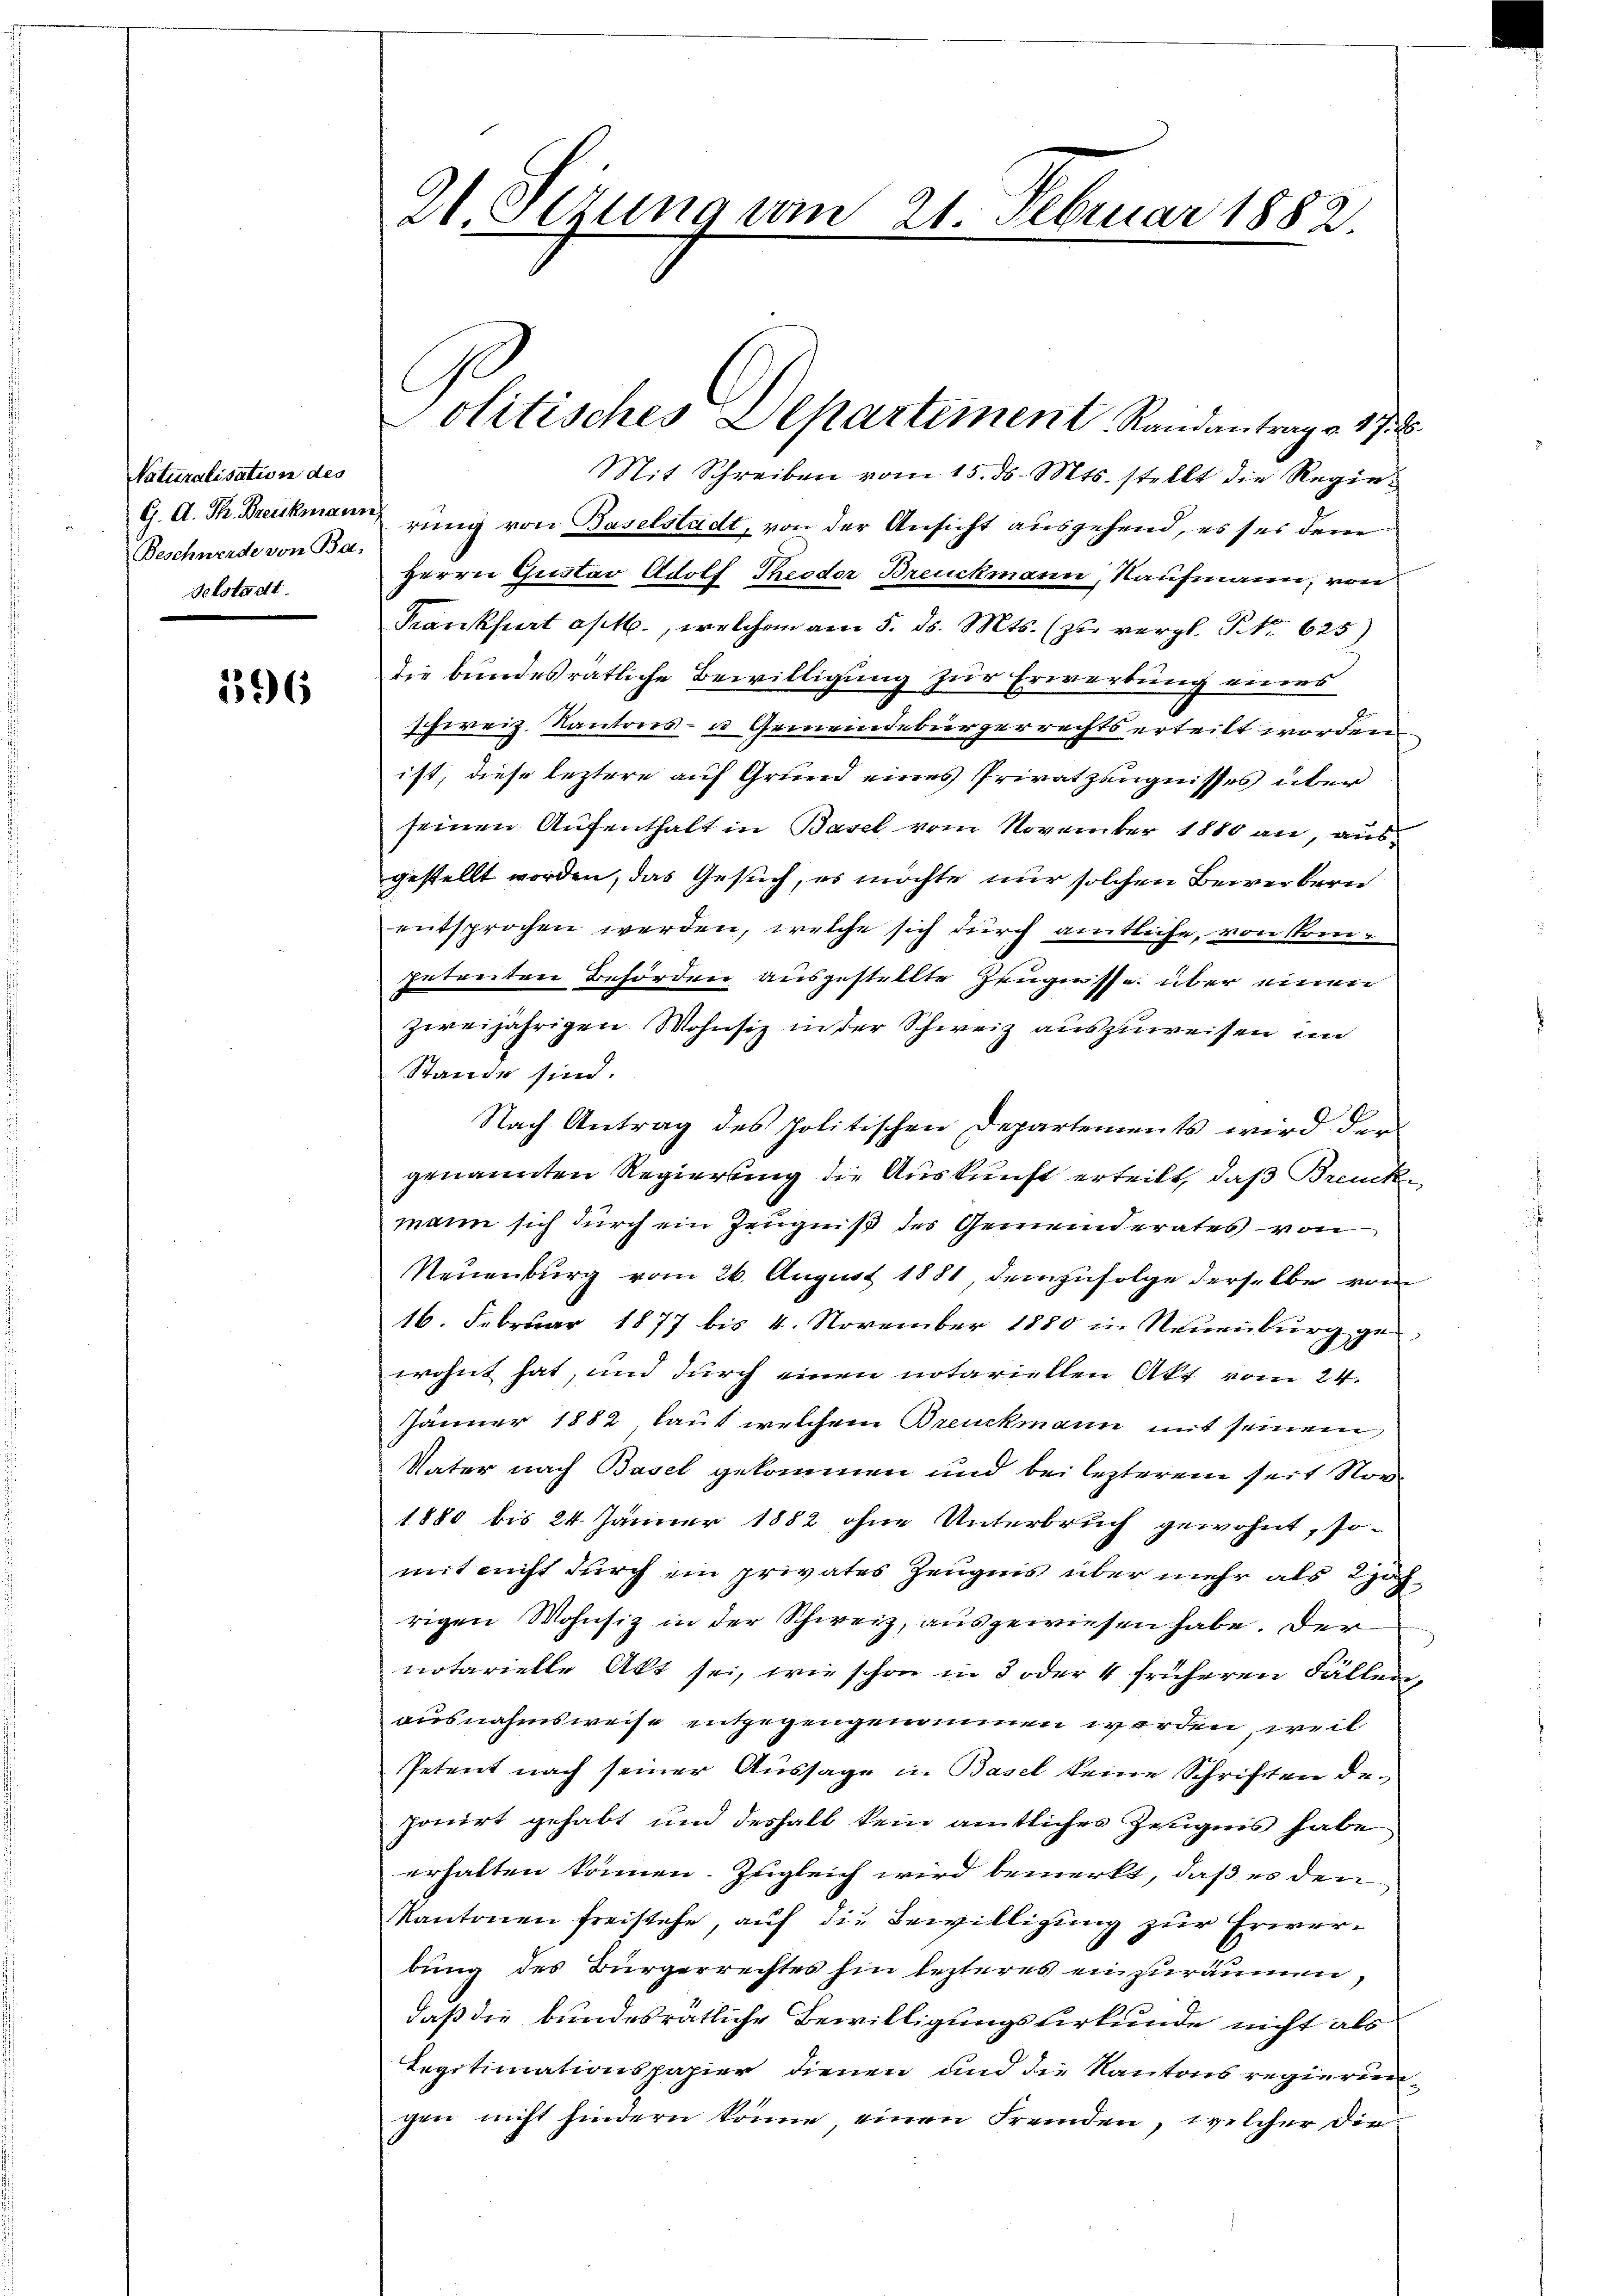
Naturalisation des
G. A. Th. Breukmann,
Beschwerde von Ba-
Selstadt.

596

Hl. Stzung vom 21. Februar 1882.

Politisches Departement, Standantrage 1785.

Mit Schreiben vom 15. ds. Mts. stellt die Regierung von Baselstadt, von der Ansicht ausgehend, es sei dem
Herrn Gustav Adolf Theodor Breuckmann, Kaufmann, von
Krankfurt a/M., welchen am 5. ds. Mts. (zu vergl. No. 625)
die bundesrätliche Bewilligung zur Erwerbung eines
schweiz. Kantons- u Gemeindebürgerrechts erteilt worden.
ist, diese leztere auf Grund eines Privatzeugnisses über
seinen Aufenthalt in Basel vom November 1880 an, ausgestellt worden, das Gesuch, es möchte nur solchen Bewerbern
entsprochen werden, welche sich durch amtliche, von strenpetenten Behörden ausgestellte Zeugnisse über einen
zweijährigen Wohnsiz in der Schweiz auszuweisen und
Stande sind.
Nach Antrag des politischen Departements wird der
genannten Regierung die Auskunft erteilt, daß Brencke
mann sich durch ein Zeugniß des Gemeinderates von
Neuenburg vom 26. August 1881, demzufolge derselbe vom
16. Februar 1877 bis 4. November 1880 in Neuenburg gewohnt hat, und durch einen notariellen Akt vom 24.
Jänner 1882, lauf welchem Breuckmann mit seinem
Vater nach Basel gekommen und bei lezterem seit Nor
1880 bis 24 Jänner 1882 ohne Unterbruch gewohnt, somit nicht durch ein privates Zeugnis über mehr als Rohrigen Wohnsiz in der Schweiz, ausgewiesen habe. Der
notarielle Akt sei, wie schon in 3 oder 4 früheren Fällen,
ausnahmsweise entgegengenommen werden, weil
Petent nach seiner Aussage in Basel keine Schriften deponirt gehabt und deshalb kein amtliches Zeugnis habe
erhalten können. Zugleich wird bemerkt, daß es den
Kantonen freistehe, auf die Bewilligung zur Erwerbung des Bürgerrechtes hin lezteres einzuräumen
daß die bundesrätliche Bewilligungsurkunde nicht als
Legitimationspapier dienen und die Kantons regierungen nicht hindern könne, einen Fremden, welcher die